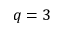
q = 3